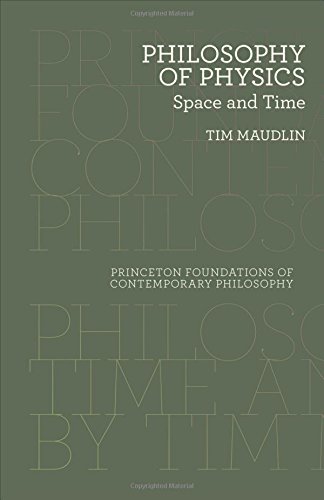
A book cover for Philosophy of Physics: Space and Time (Princeton Foundations of Contemporary Philosophy); Tim Maudlin; Science & Math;